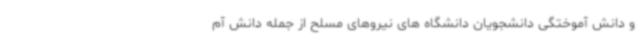
و دانش آموختگی دانشجویان دانشگاه های نیروهای مسلح از جمله دانش آم